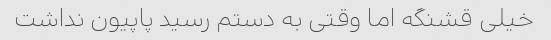
خیلی قشنگه اما وقتی به دستم رسید پاپیون نداشت